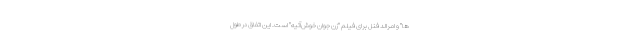
ها" و امرالد فنل برای فیلم "زن جوان خوش‌آتیه" است. این اتفاق در طول